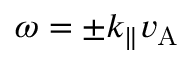
\omega = \pm k _ { \parallel } v _ { \mathrm { A } }